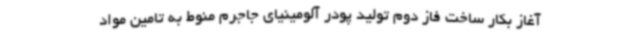
آغاز بکار ساخت فاز دوم تولید پودر آلومینیای جاجرم منوط به تامین مواد